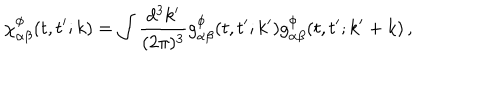
LaTeX: \chi _ { \alpha \beta } ^ { \phi } ( t , t ^ { \prime } ; k ) = \int \frac { d ^ { 3 } k ^ { \prime } } { ( 2 \pi ) ^ { 3 } } g _ { \alpha \beta } ^ { \phi } ( t , t ^ { \prime } ; k ^ { \prime } ) g _ { \alpha \beta } ^ { \phi } ( t , t ^ { \prime } ; k ^ { \prime } + k ) \, ,